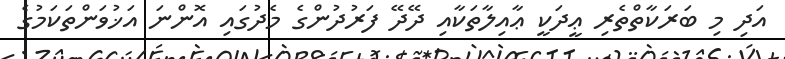
އަދި މި ބަރަކާތްތެރި ޢީދަކީ ޢާއިލާތަކާއި ދޭދޭ ފަރުދުންގެ މެދުގައި އޮންނަ އަޚުވަންތަކަމުގެ